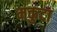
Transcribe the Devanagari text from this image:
मकुटा